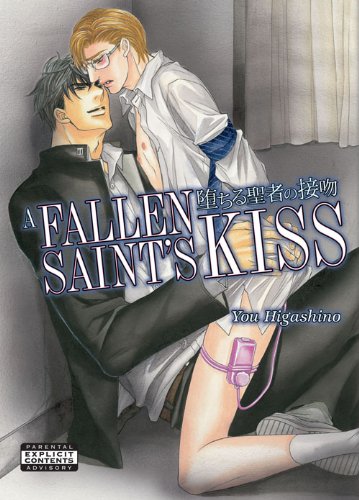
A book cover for A Fallen Saint's Kiss (Yaoi) (Yaoi Manga); You Higashino; Comics & Graphic Novels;